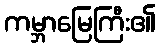
ကမ္ဘာမြေကြီး၏